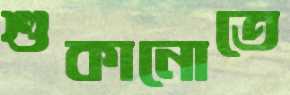
শুকানোতে